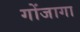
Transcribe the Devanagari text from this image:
गोंजागा